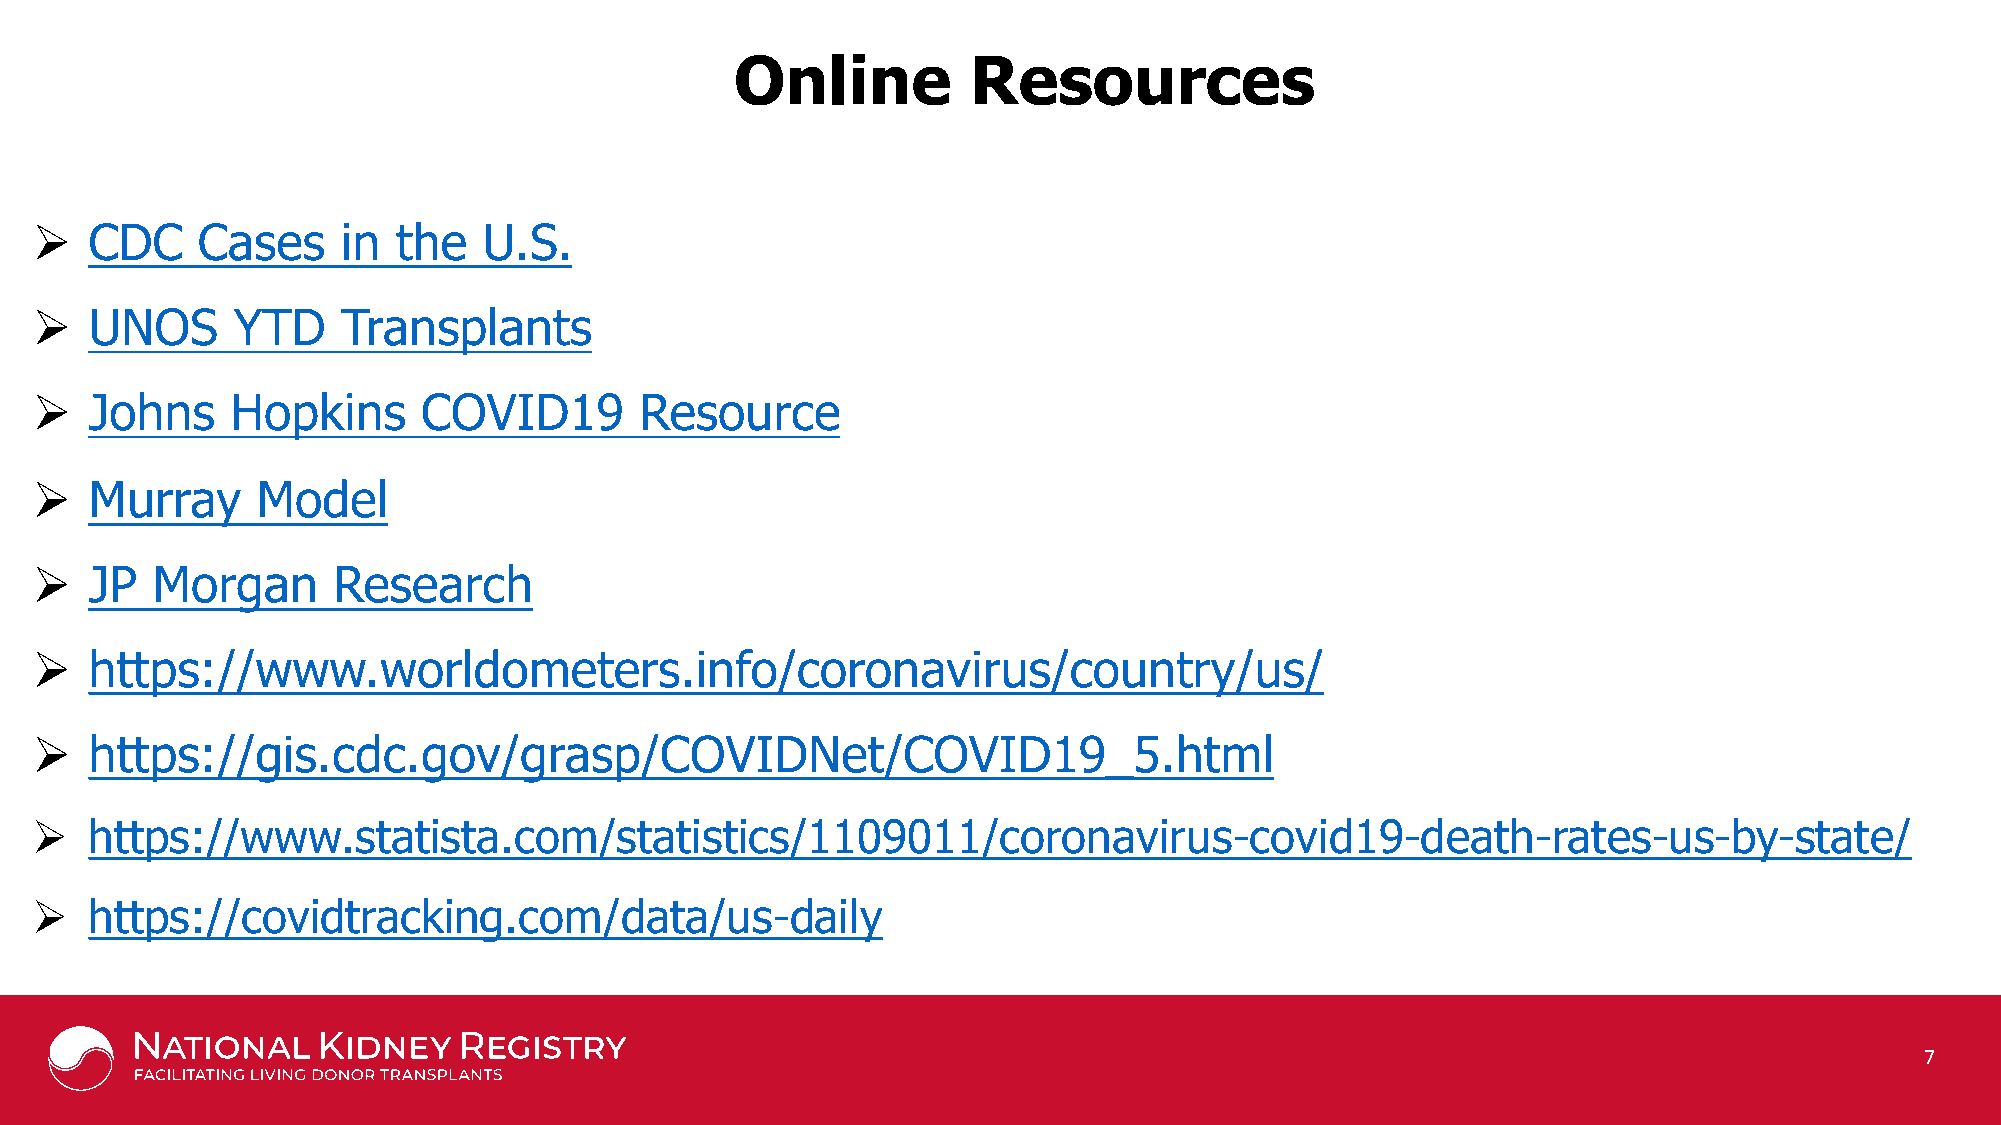
Online         Resources
 
 CDC    Cases     in the   U.S.
 
 UNOS     YTD     Transplants
 
 Johns    Hopkins      COVID19       Resource
 
 Murray     Model
 
 JP  Morgan      Research
 
 https://www.worldometers.info/coronavirus/country/us/
 
 https://gis.cdc.gov/grasp/COVIDNet/COVID19_5.html
 
 https://www.statista.com/statistics/1109011/coronavirus-covid19-death-rates-us-by-state/
 
 https://covidtracking.com/data/us-daily
 Provided courtesy of Johns Hopkins University School of Medicine, Department of Surgery *Not including CHIP patients;
 Kaplan-Meier GS Rates for Transplants Performed: 02/2008-06/2018 with follow-up through 2/28/2019 7
 https://www.srtr.org/ SRTR data as of March, 2019